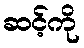
ဆင့်ကို